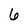
Character: 6